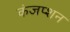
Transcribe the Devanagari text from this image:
कंजप्शन